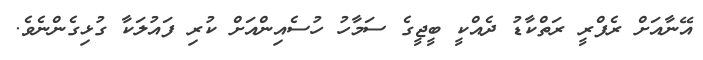
އޭނާއަށް ރެފްރީ ރަތްކާޑު ދެއްކީ ބީޖީގެ ސަމާހު ހުސެއިންއަށް ކުރި ފައުލަކާ ގުޅިގެންނެވެ.